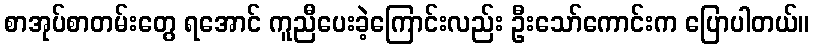
စာအုပ်စာတမ်းတွေ ရအောင် ကူညီပေးခဲ့ကြောင်းလည်း ဦးသော်ကောင်းက ပြောပါတယ်။